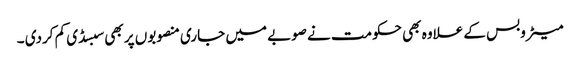
میٹروبس کے علاوہ بھی حکومت نے صوبے میں جاری منصوبوں پر بھی سبسڈی کم کردی ۔